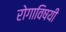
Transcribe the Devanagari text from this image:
रोगाविषयी